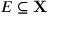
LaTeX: E \subseteq \mathbf { X }